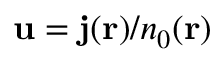
{ \bf u } = { \bf j } ( { \bf r } ) / n _ { 0 } ( { \bf r } )